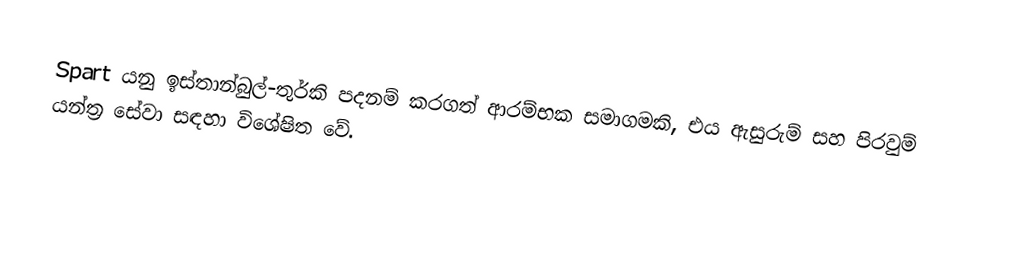
Spart යනු ඉස්තාන්බුල්-තුර්කි පදනම් කරගත් ආරම්භක සමාගමකි, එය ඇසුරුම් සහ පිරවුම් යන්ත්‍ර සේවා සඳහා විශේෂිත වේ.